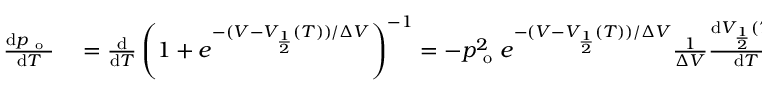
\begin{array} { r l } { \frac { \mathrm { d } p _ { \mathrm { ~ o ~ } } } { \mathrm { d } T } } & { { } = \frac { \mathrm { d } } { \mathrm { d } T } \left( 1 + e ^ { - ( V - V _ { \frac { 1 } { 2 } } ( T ) ) / \Delta V } \right) ^ { - 1 } = - p _ { \mathrm { ~ o ~ } } ^ { 2 } e ^ { - ( V - V _ { \frac { 1 } { 2 } } ( T ) ) / \Delta V } \frac { 1 } { \Delta V } \frac { \mathrm { d } V _ { \frac { 1 } { 2 } } ( T ) } { \mathrm { d } T } = } \end{array}